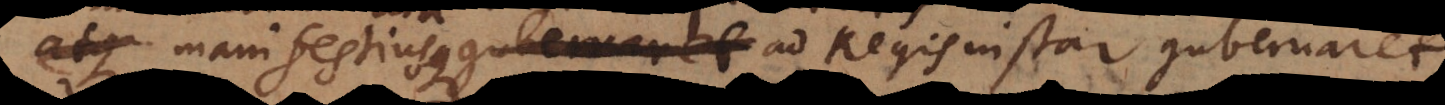
manifestiusque ad Regis instar gubernaret